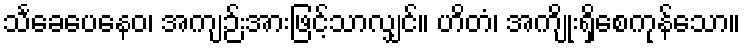
သင်္ခေပေနေဝ၊ အကျဉ်းအားဖြင့်သာလျှင်။ ဟိတံ၊ အကျိုးရှိစေကုန်သော။